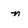
Character: n